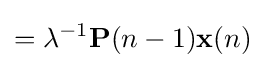
=\lambda ^{-1}\mathbf {P} (n-1)\mathbf {x} (n)